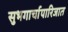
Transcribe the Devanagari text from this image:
सुभगार्चापारिजात